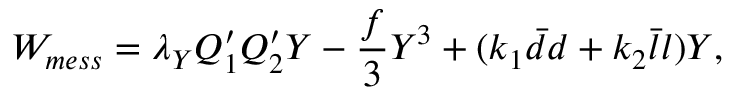
W _ { m e s s } = \lambda _ { Y } Q _ { 1 } ^ { \prime } Q _ { 2 } ^ { \prime } Y - \frac { f } { 3 } Y ^ { 3 } + ( k _ { 1 } \bar { d } d + k _ { 2 } \bar { l } l ) Y ,